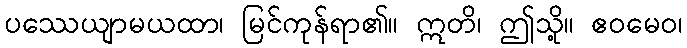
ပဿေယျာမယထာ၊ မြင်ကုန်ရာ၏။ ဣတိ၊ ဤသို့။ ဧဝမေဝ၊